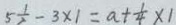
5 \frac { 1 } { 2 } - 3 \times 1 = a + \frac { 1 } { 4 } \times 1